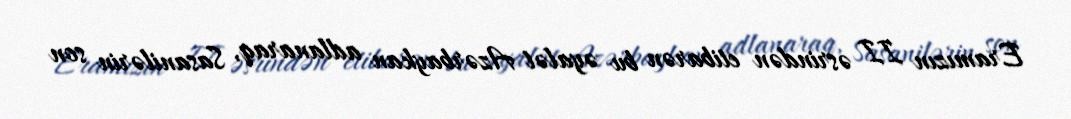
Eramızın II əsrindən etibarən bu əyalət Azərbaykan adlanaraq, Sasanilərin son